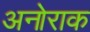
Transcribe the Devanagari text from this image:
अनोराक